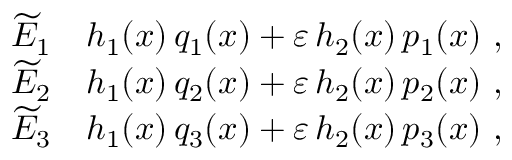
\begin{array} { r l } { \widetilde { E } _ { 1 } } & { \= h _ { 1 } ( x ) \, q _ { 1 } ( x ) + \varepsilon \, h _ { 2 } ( x ) \, p _ { 1 } ( x ) \ , } \\ { \widetilde { E } _ { 2 } } & { \= h _ { 1 } ( x ) \, q _ { 2 } ( x ) + \varepsilon \, h _ { 2 } ( x ) \, p _ { 2 } ( x ) \ , } \\ { \widetilde { E } _ { 3 } } & { \= h _ { 1 } ( x ) \, q _ { 3 } ( x ) + \varepsilon \, h _ { 2 } ( x ) \, p _ { 3 } ( x ) \ , } \end{array}